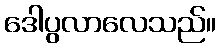
ဒေါပွလာလေသည်။